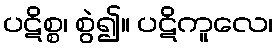
ပဋိစ္စ၊ စွဲ၍။ ပဋိကူလေ၊